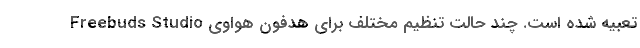
Freebuds Studio تعبیه شده است. چند حالت تنظیم مختلف برای هدفون هواوی